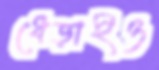
ধেড়াইও